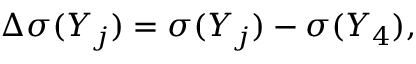
\Delta \sigma ( Y _ { j } ) = \sigma ( Y _ { j } ) - \sigma ( Y _ { 4 } ) ,